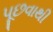
પૂછવાથી